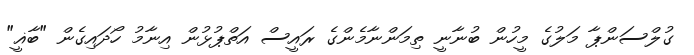
ގުލްސަންޕާ މަލުގެ މީހުން ބުނާނީ ތިމަންނާމެންގެ ރައީސް އަތްޕުޅުން އިނާމު ހޯދައިގެން "ބާޣީ"